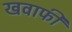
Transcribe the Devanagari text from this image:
खवाफी